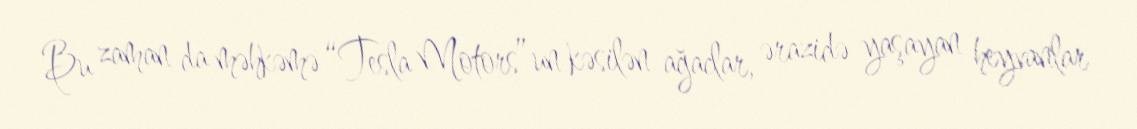
Bu zaman da məhkəmə “Tesla Motors”un kəsilən ağaclar, ərazidə yaşayan heyvanlar